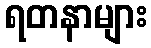
ရတနာများ